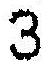
3